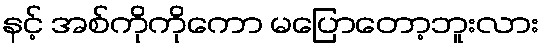
နင့် အစ်ကိုကိုကော မပြောတော့ဘူးလား